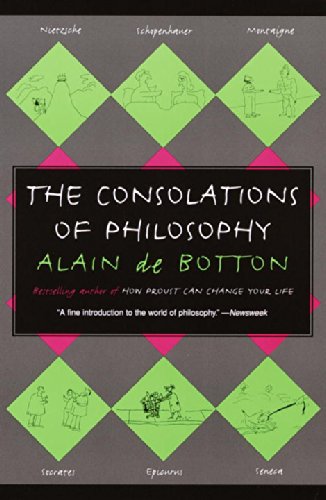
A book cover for The Consolations of Philosophy; Alain De Botton; Politics & Social Sciences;